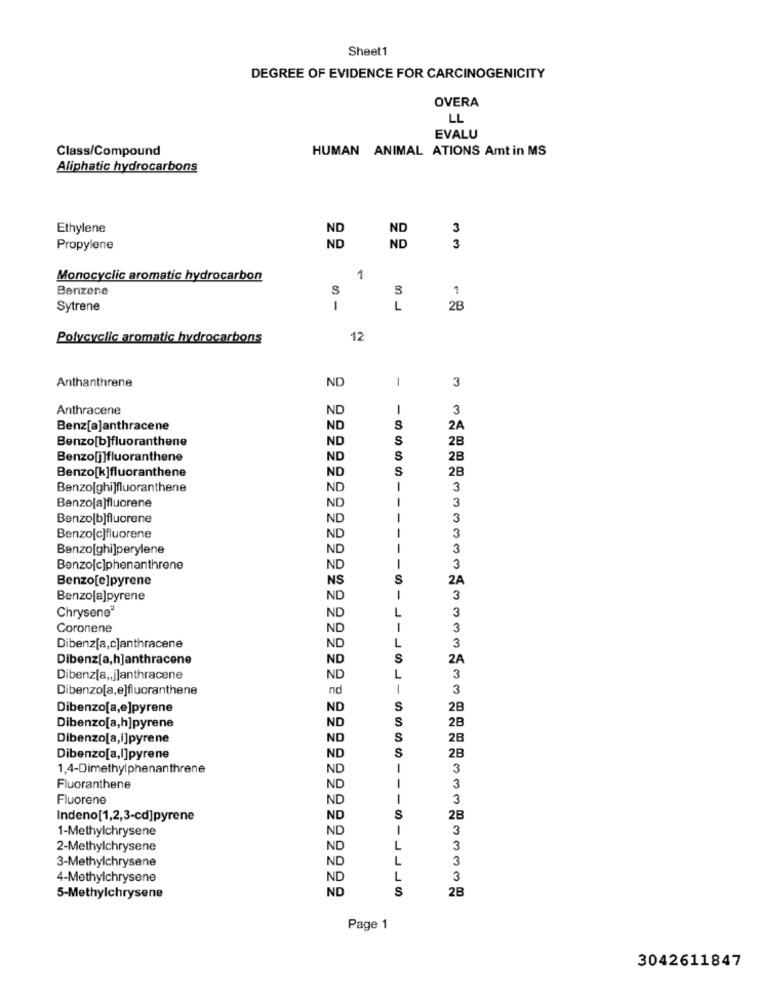
Sheet1
DEGREE OF EVIDENCE FOR CARCINOGENICITY
OVERA
LL
EVALU
Class/Compound
HUMAN ANIMAL ATIONS Amt in MS
Aliphatic hydrocarbons
Ethylene
3
Propylene
3
Monocyclic aromatic hydrocarbon
1
Benzene
S
1
Sytrene
1
L
2B
Polycyclic aromatic hydrocarbons
12
Anthanthrene
ND
1
3
Anthracene
ND
-
3
Benz[a]anthracene
ND
2A
Benzo[b]fluoranthene
ND
S
2B
Benzo[j]fluoranthene
ND
S
2B
ND
S
2B
Benzo[k]fluoranthene
Benzolghi]fluoranthene
ND
-
3
3
Benzo[a]fluorene
ND
-
Benzo[b]fluorene
ND
-
3
3
Benzo[c]fluorene
ND
Benzo[ghi]perylene
ND
3
Benzo[c]phenanthrene
ND
3
Benzo[e]pyrene
NS
S
2A
Benzo[a]pyrene
ND
1
----
3
Chrysene®
3
ND
Coronene
ND
1
3
L
3
Dibenz[a,c]anthracene
ND
Dibenz[a,h]anthracene
ND
S
2A
Dibenz[a ,, j]anthracene
ND
3
Dibenzo[a,e]fluoranthene
nd
3
Dibenzo[a,e]pyrene
ND
S
2B
S
2B
Dibenzo[a,h]pyrene
ND
Dibenzo[a,i]pyrene
ND
S
2B
S
Dibenzo[a,I]pyrene
ND
2B
1,4-Dimethylphenanthrene
ND
3
Fluoranthene
ND
3
Fluorene
ND
3
Indeno[1,2,3-cd]pyrene
ND
S
28
1-Methylchrysene
ND
3
2-Methylchrysene
ND
L
3
3-Methylchrysene
ND
L
3
4-Methylchrysene
ND
3
ND
S
28
5-Methylchrysene
Page 1
3042611847